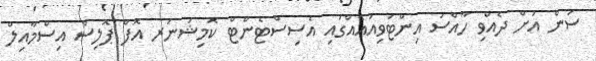
ސަން އަށް ދެއްވި ހާއްސަ އިންޓަވިއުއެއްގައި އެސިސްޓެންޓް ކޮމިޝަނަރ އޮފް ޕޮލިސް އިސްމާއިލް